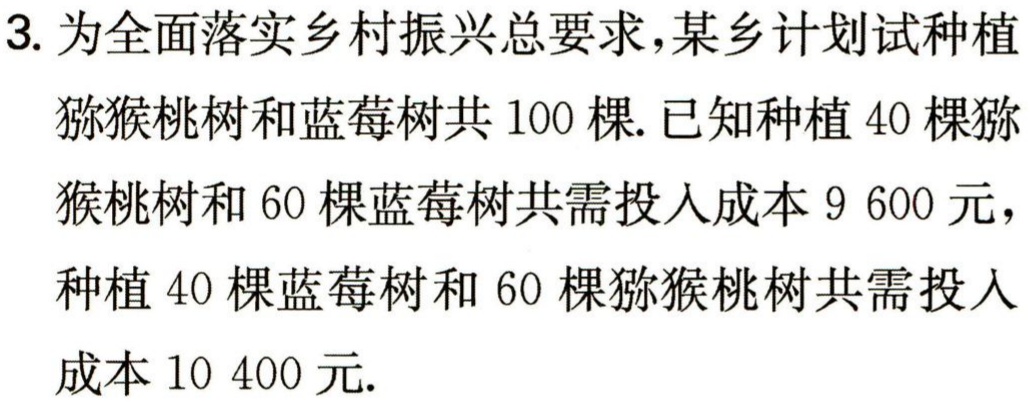
3. 为全面落实乡村振兴总要求，某乡计划试种植

猕猴桃树和蓝莓树共 100 棵. 已知种植 40 棵猕

猴桃树和 60 棵蓝莓树共需投入成本 9 600 元，

种植 40 棵蓝莓树和 60 棵猕猴桃树共需投入

成本 10 400 元.